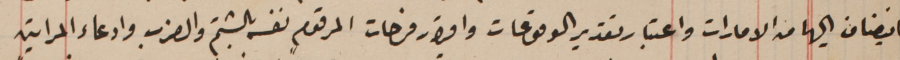
ما يضاف اليها من الامارات واعتبار تقدير الوقوعات واقرار فرحات المرقوم نفسه بالشتم والضرب وادعاء المراتين